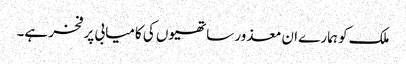
ملک کو ہمارے ان معذور ساتھیوں کی کامیابی پر فخر ہے۔